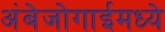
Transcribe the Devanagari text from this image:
अंबेजोगाईमध्ये